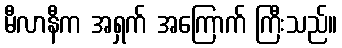
မီလာနီက အရှက် အကြောက် ကြီးသည်။